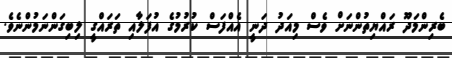
ބެރިންމަދޫ ރައްޔިތުންނަށް ވެސް މިއަދު ދަނީ އެއްފަސް ކުރުުމުގެ އުފަލާއި ތަރައްގީ ލިބިގަންނަމުންނެވެ.